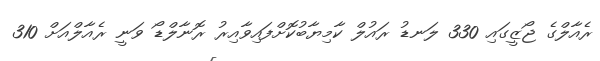
ރެއާލްގެ ޖޯޒީގައި 330 ލަނޑު ރައުލް ކާމިޔާބުކޮށްފައިވާއިރު ރޮނާލްޑޯ ވަނީ ރެއާލްއަށް 310